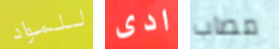
للمواد ادى مصاب